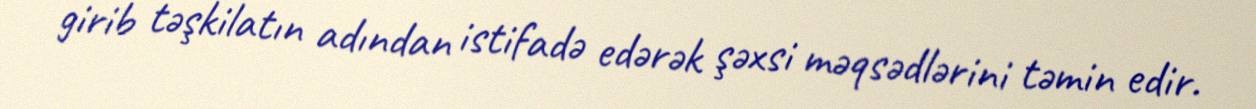
girib təşkilatın adından istifadə edərək şəxsi məqsədlərini təmin edir.